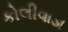
કોલીવાડા